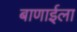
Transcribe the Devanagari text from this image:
बाणाईला